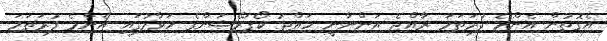
އެގޮތުން އެންމެ ފުރަތަމަ ރާއްޖެ އަންނާނީ ހައްޖު ކޯޕަރޭޝަންގެ ހަވާލުގައި އެންމެ ފުރަތަމަ